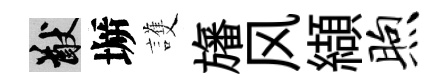
猷󶱲護旛风纈煦